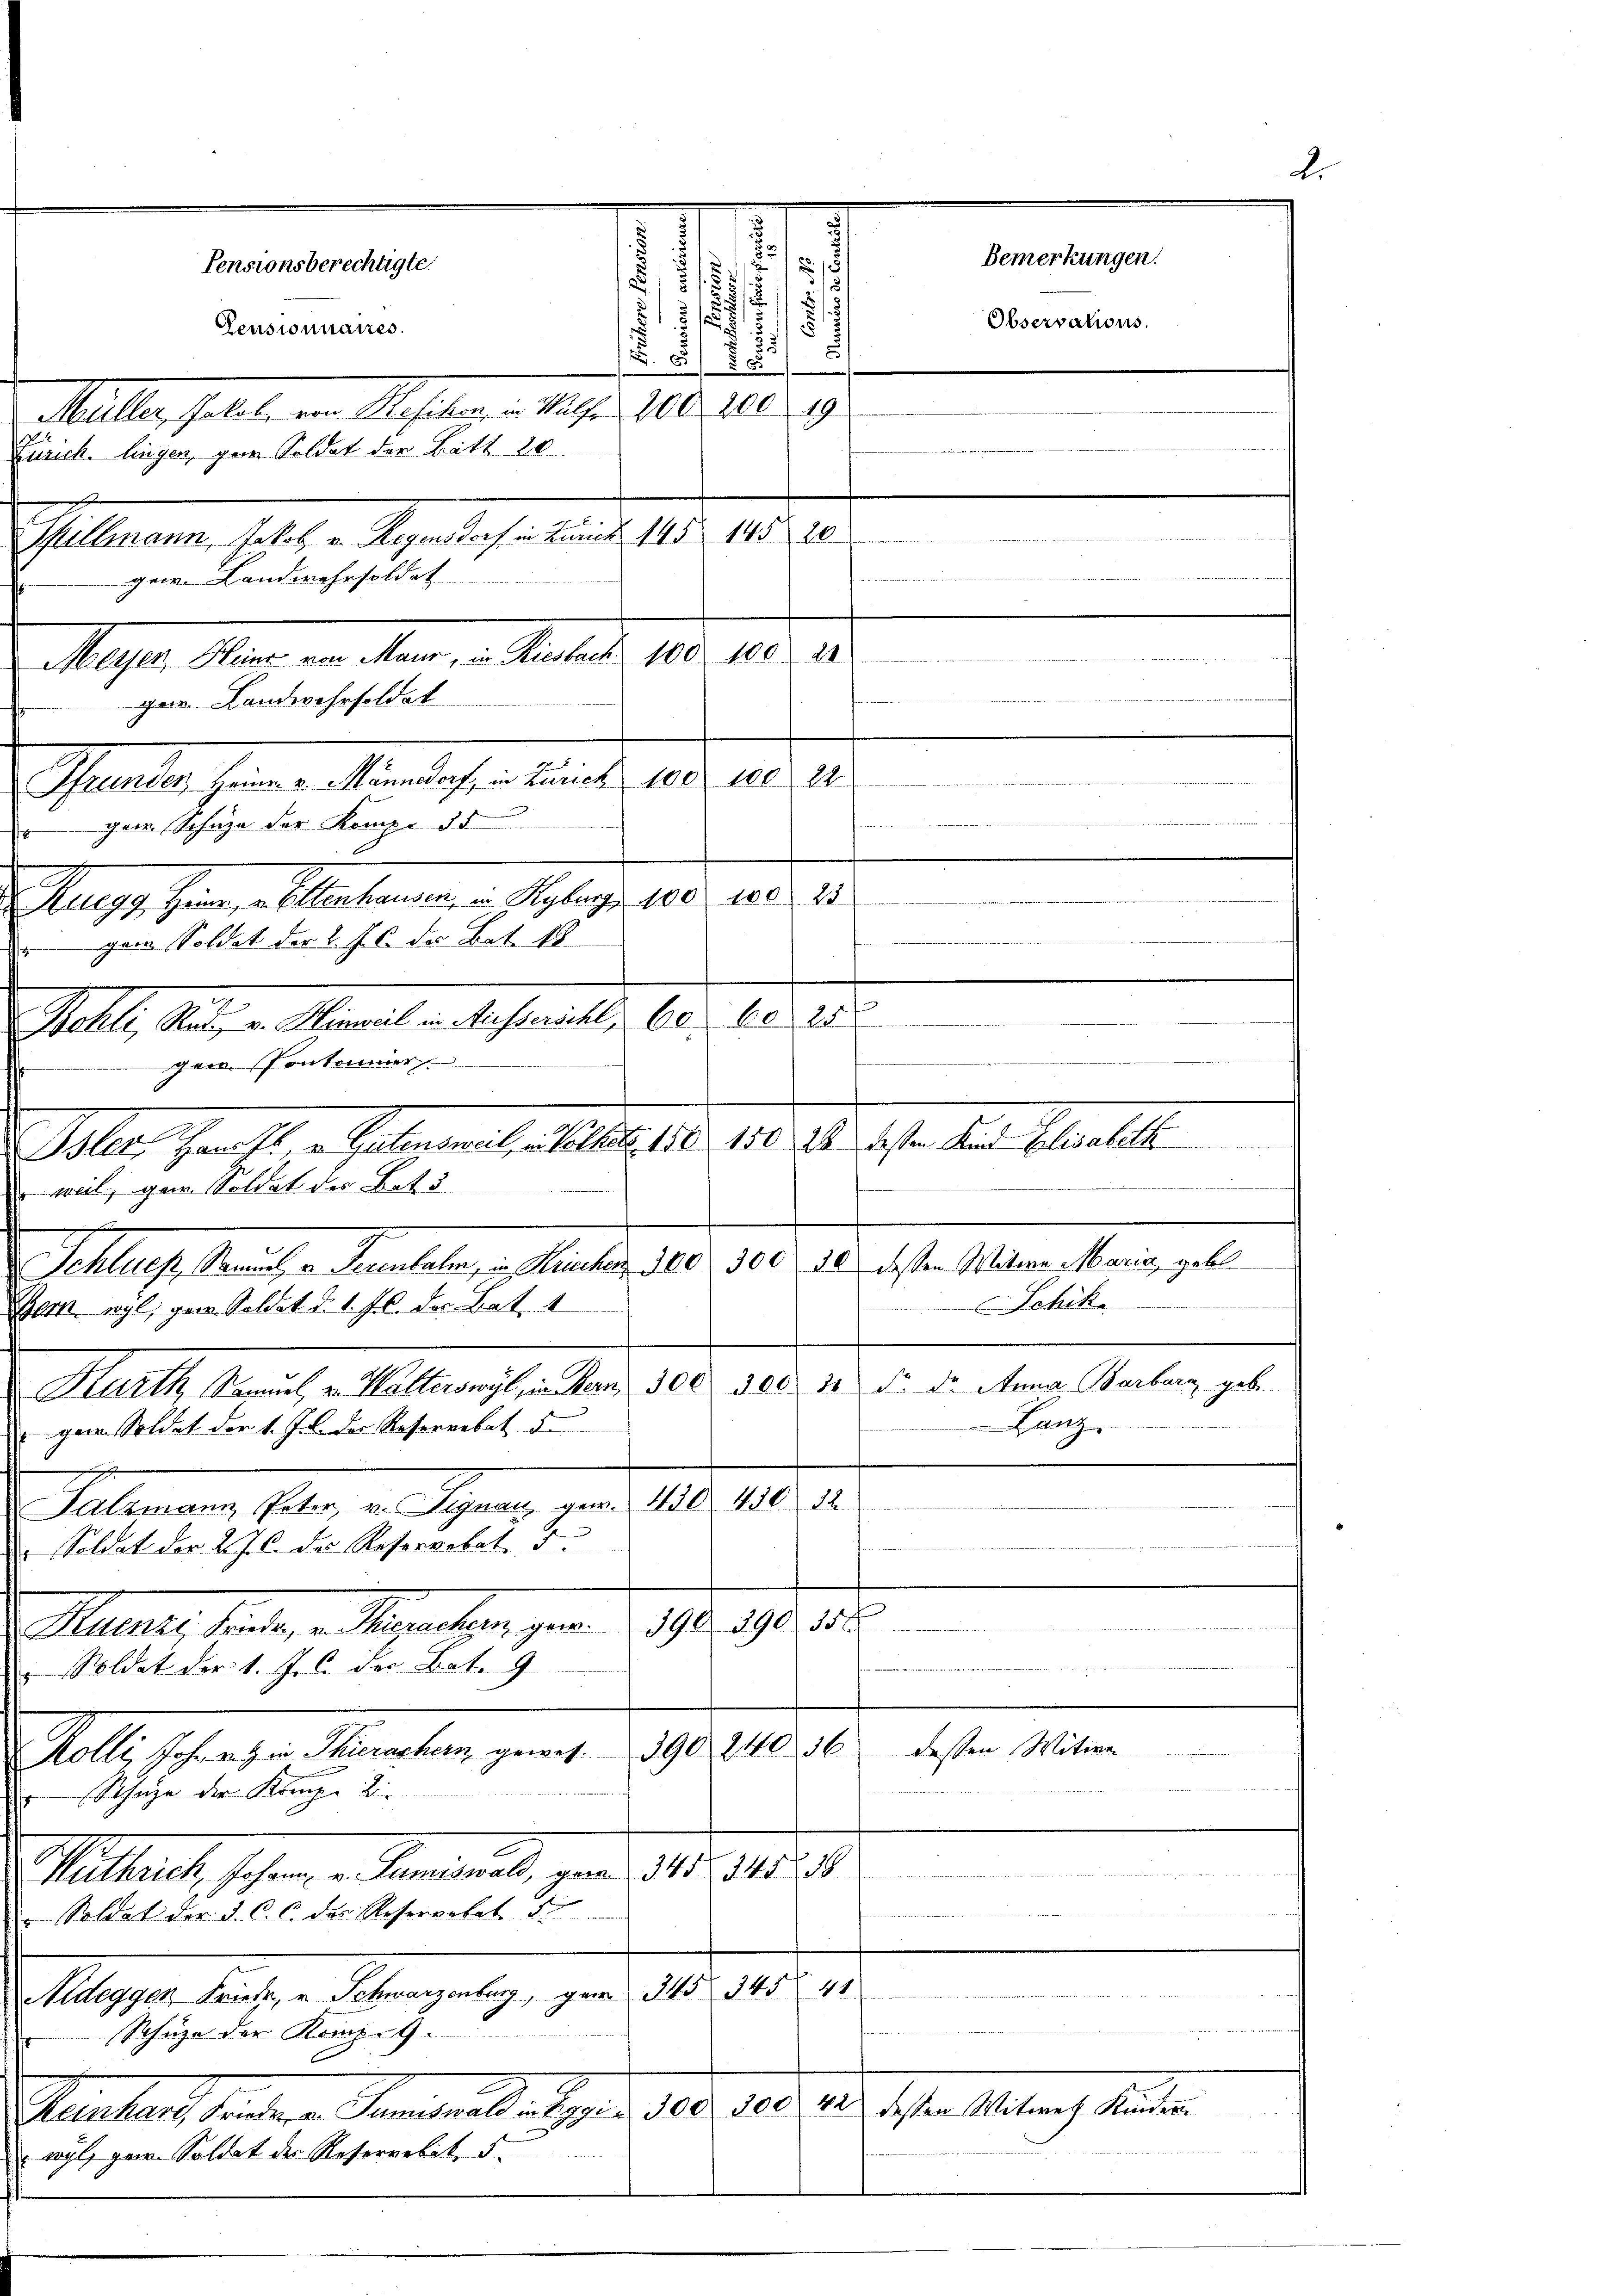
.

3
d
2
5/
5
1 1/2
Pensionnaires.
5
7
 8
i
Maller selbe in Kosten . 1809. 208. 209
Flammen hatte. Separten Mart. 10. 1810.
gar. Landwehrsoldat
Mujo Meinen Mater
Seele, seiner Wierlichen kant. 180. 10. d.
ger Schüze der Komp. 35
Aug, Herr Materien u. Septuage 180. 1805. 12.
" ganz Soldat der l. Js. der Bat. 18
Bohli, Rat, von Hinweil in Aussericht 60. 60. 258
gem. Pontonier
Sl. Geisten Folgen allen 10. 18. 24. Ist die Stellt
weil, gar Soldat der Bet
.

Schlues Samuel v. Pezenbalm, in Kriechen 300. 300 50 dessen Witwe Maria gebl
Schik
Bork wyl, gew. Soldat d. 1. J. C. der Batz. 4
Kurth Samŭel u. Walterswyl, in Bern, 300. 300 20 d. d. Anna Barbarg geb.
Lanz
gem. Soldat der 1. Js. die Resererbat 5.

I2.
Tatzmann Peter v. Signau, gew. 450. 430
Soldat der 2 J. C. des Resorgebet. F.
Ruuth heuten, v. Menschen gen. 239. 290. 156.
e
 Soldat der 1. Js. der Bat. 9
390. 240. 56
dessen Witwe
Melli schweigen Semester geant
.
Schule der Kranze Li

Malterath, Johann - Seminal, gern 11. 15. d.
Soldat der J. C. c. des Reserortet d
te
wen aber die
Mlagen dieser Sachergeber, pag. 1910.
Schüze der Koinz-G.
C
Gaetacht werden Kantonsbetheile 10. 108. 24. Jahre Mach Mater
wyl, Herrn Soldat der Resererbit, 5.

Pensionsberechtigte.

Zürich, liegen, ganz Soldat der Batt 20

gar. Landwehrsoldat

Ritte der 18

e

Bemerkungen.
Observations